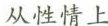
从性情上